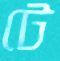
টে